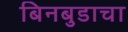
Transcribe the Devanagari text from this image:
बिनबुडाचा